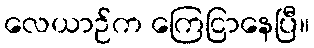
လေယာဉ်က ကြေငြာနေပြီ။